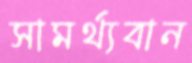
সামর্থ্যবান